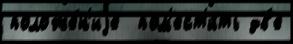
положе́н'иjе  пом'ест'и́ть дв'е